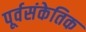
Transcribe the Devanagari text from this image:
पूर्वसंकेतिक